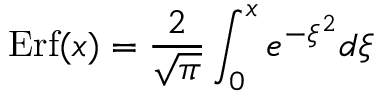
\mathrm { E r f } ( x ) = \frac { 2 } { \sqrt { \pi } } \int _ { 0 } ^ { x } e ^ { - \xi ^ { 2 } } d \xi